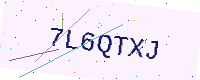
Text: 7L6QTXJ